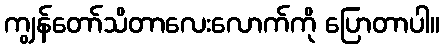
ကျွန်တော်သိတာလေးလောက်ကို ပြောတာပါ။